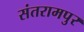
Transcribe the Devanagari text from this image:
संतरामपुर